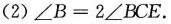
(2)∠B = 2∠BCE .